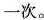
一次.